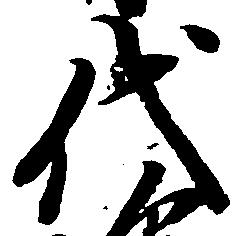
代